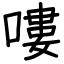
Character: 嘍